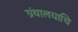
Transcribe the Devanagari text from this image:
ग्रंथालयाचि